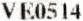
VE0514